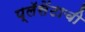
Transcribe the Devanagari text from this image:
प्लॅसेंटाची